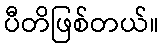
ပီတိဖြစ်တယ်။